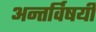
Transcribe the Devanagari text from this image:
अन्तर्विषयी